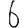
Digit: 6